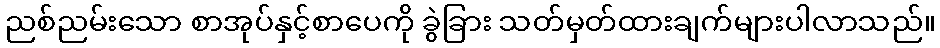
ညစ်ညမ်းသော စာအုပ်နှင့်စာပေကို ခွဲခြား သတ်မှတ်ထားချက်များပါလာသည်။